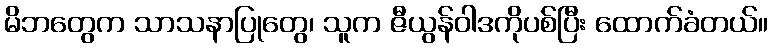
မိဘတွေက သာသနာပြုတွေ၊ သူက ဇီယွန်ဝါဒကိုပစ်ပြီး ထောက်ခံတယ်။